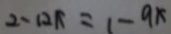
2 - 1 2 x = 1 - 9 x